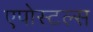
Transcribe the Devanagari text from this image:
एपोस्टल्स